system: You are a helpful assistant.
user:
Analyze the provided spectrum to determine if it is a **M-type Giant (gM)**.

A M-type Giant spectrum is defined by its **strong molecular absorption** features, particularly from **Titanium Oxide (TiO)**. You must check for one of the following mutually exclusive signatures:

- **Key Visual Indicators (Absorption-Dominated Spectrum):**

    - **(Primary):** The spectrum is dominated by strong molecular absorption from **Titanium Oxide (TiO)**. This is the **defining feature** of its M-type temperature class.
        - **(Key Bandheads):** Look for sharp, "saw-tooth" absorption valleys. The strongest are located near **~7050 Å**, **~6160 Å**, and **~5170 Å**.
        - **(Line Profile):** The "saw-tooth" morphology is critical: a **sharp, steep drop on the BLUE (short-wavelength) side** of the bandhead, followed by a gradual recovery (rising flux) towards the RED (long-wavelength) side.

    - **(Key Confirmation - Giant vs. Dwarf):** **ABSENCE** of strong **Calcium Hydride (CaH)** molecular bands. This is the primary diagnostic for *excluding* M-dwarfs.
        - **(Key Region):** The spectrum should lack the strong, broad absorption band seen in dwarfs between **~6800 Å and ~7000 Å**.

    - **(Secondary Confirmation - Giant):** A very strong and broad **Neutral Calcium (Ca I)** atomic absorption line.
        - **(Key Line):** Located at **~4226 Å**. In a giant (gM), this line is significantly deeper and broader than the same line in an M-dwarf (dM) due to low surface gravity.

    - **(Overall Spectrum):**
        - The continuum is **extremely red-sloping** (i.e., flux is very low in the blue and rises dramatically towards the red).
        - The entire spectrum appears "chopped up" by the deep TiO bands.

Think first, call **spectral_visualization_tool** if needed to examine features in detail, then provide your final answer. Your response must adhere to the following strict rules:
1.  **Overall Structure:** Your response must follow the format `<think>...</think> <tool_call>...</tool_call> (if a tool is used) <answer>...</answer>`.
2.  **Tool Usage Constraint:** You may only make **one** tool call per turn.
3.  **Final Answer Format:** In the `<answer>` tag, your conclusion must be inside a `\boxed{}` command (e.g., `\boxed{YES}` or `\boxed{NO}`), followed by your justification.

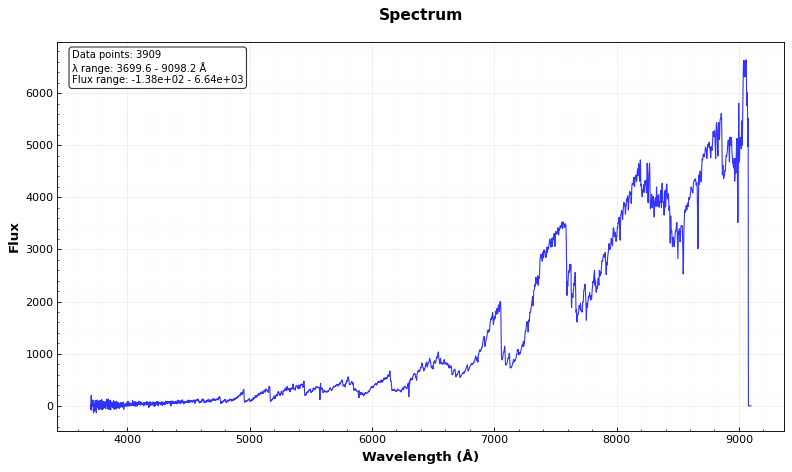
Answer: YES